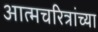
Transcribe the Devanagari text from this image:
आत्मचरित्रांच्या